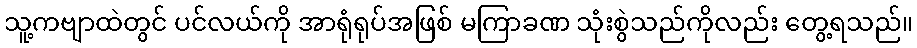
သူ့ကဗျာထဲတွင် ပင်လယ်ကို အာရုံရုပ်အဖြစ် မကြာခဏ သုံးစွဲသည်ကိုလည်း တွေ့ရသည်။